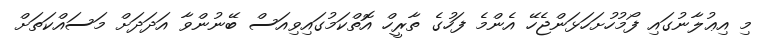
މި އިޢުލާނުގައި ފޯމުހުށަހަޅަންޖެހޭ އެންމެ ފަހުގެ ތާރީހް އޮތްކަމުގައިވިއަސް ބޭނުންވާ އަދަދަށް މަސައްކަތަށް